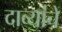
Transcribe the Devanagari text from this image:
दाव्यांचे